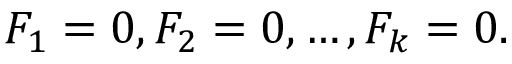
F _ { 1 } = 0 , F _ { 2 } = 0 , \ldots , F _ { k } = 0 .